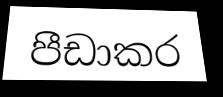
පීඩාකර